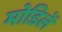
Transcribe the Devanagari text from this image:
मोडिलें